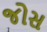
જોસ